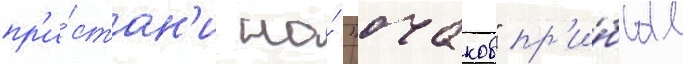
пр'и́стан'и на́ "очаков" пр'и́был